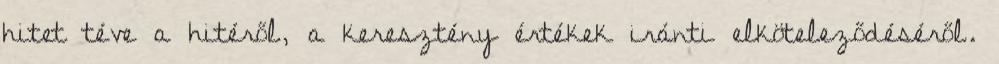
hitet téve a hitéről, a keresztény értékek iránti elköteleződéséről.